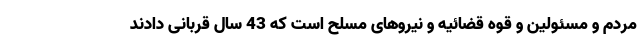
مردم و مسئولین و قوه قضائیه و نیروهای مسلح است که 43 سال قربانی دادند